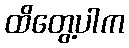
ထိတွေ့ပါက